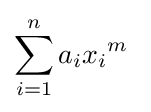
\sum _{i=1}^{n}a_{i}{x_{i}}^{m}\